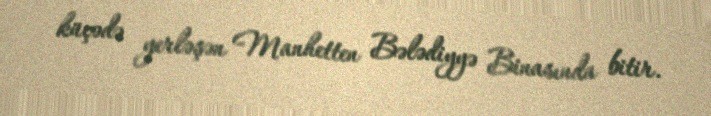
küçədə yerləşən Manhetten Bələdiyyə Binasında bitir.